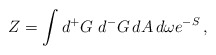
\begin{align*}Z=\int d{^+G} \,\, d{^-G}\, dA\, d\omega e^{-S} \, ,\end{align*}